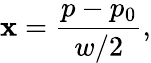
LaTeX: \mathbf{x}={\frac{{p-p_{0}}}{{w/2}}},